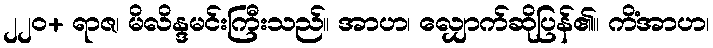
၂၂၀+ ရာဇ၊ မိလိန္ဒမင်းကြီးသည်။ အာဟ၊ လျှောက်ဆိုပြန်၏။ ကိံအာဟ၊